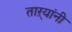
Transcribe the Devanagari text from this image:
ताऱ्यांनी